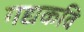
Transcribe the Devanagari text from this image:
गद्यकवि